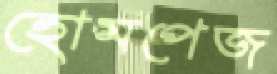
হোমপেজ